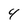
Character: 4